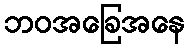
ဘဝအခြေအနေ